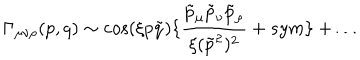
\Gamma _ { \mu \nu \rho } ( p , q ) \sim \cos ( \xi p \tilde { q } ) \{ \frac { \tilde { p } _ { \mu } \tilde { p } _ { \nu } \tilde { p } _ { \rho } } { \xi ( \tilde { p } ^ { 2 } ) ^ { 2 } } + s y m \} + \ldots